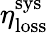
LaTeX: \eta_{\mathrm{loss}}^{\mathrm{sys}}